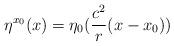
LaTeX: \begin{align*}\eta^{x_0}(x) = \eta_0 (\frac{c^2}r (x-x_0))\end{align*}